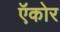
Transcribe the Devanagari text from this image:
ऍकोर